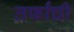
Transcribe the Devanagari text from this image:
तर्फांची